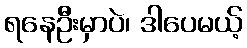
ရနေဦးမှာပဲ၊ ဒါပေမယ့်